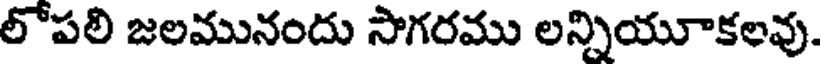
లోపలి జలమునందు సాగరము లన్నియూకలవు.